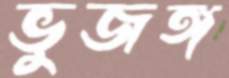
ভুজঙ্গ